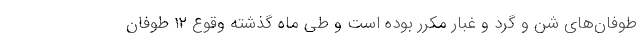
طوفان‌های شن و گرد و غبار مکرر بوده است و طی ماه گذشته وقوع ۱۲ طوفان